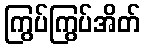
ကြွပ်ကြွပ်အိတ်